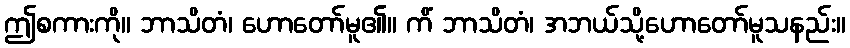
ဤစကားကို။ ဘာသိတံ၊ ဟောတော်မူ၏။ ကိံ ဘာသိတံ၊ အဘယ်သို့ဟောတော်မူသနည်း။